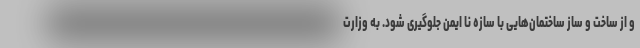
و از ساخت و ساز ساختمان‌هایی با سازه نا ایمن جلوگیری شود. به وزارت